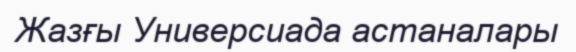
Жазғы Универсиада астаналары